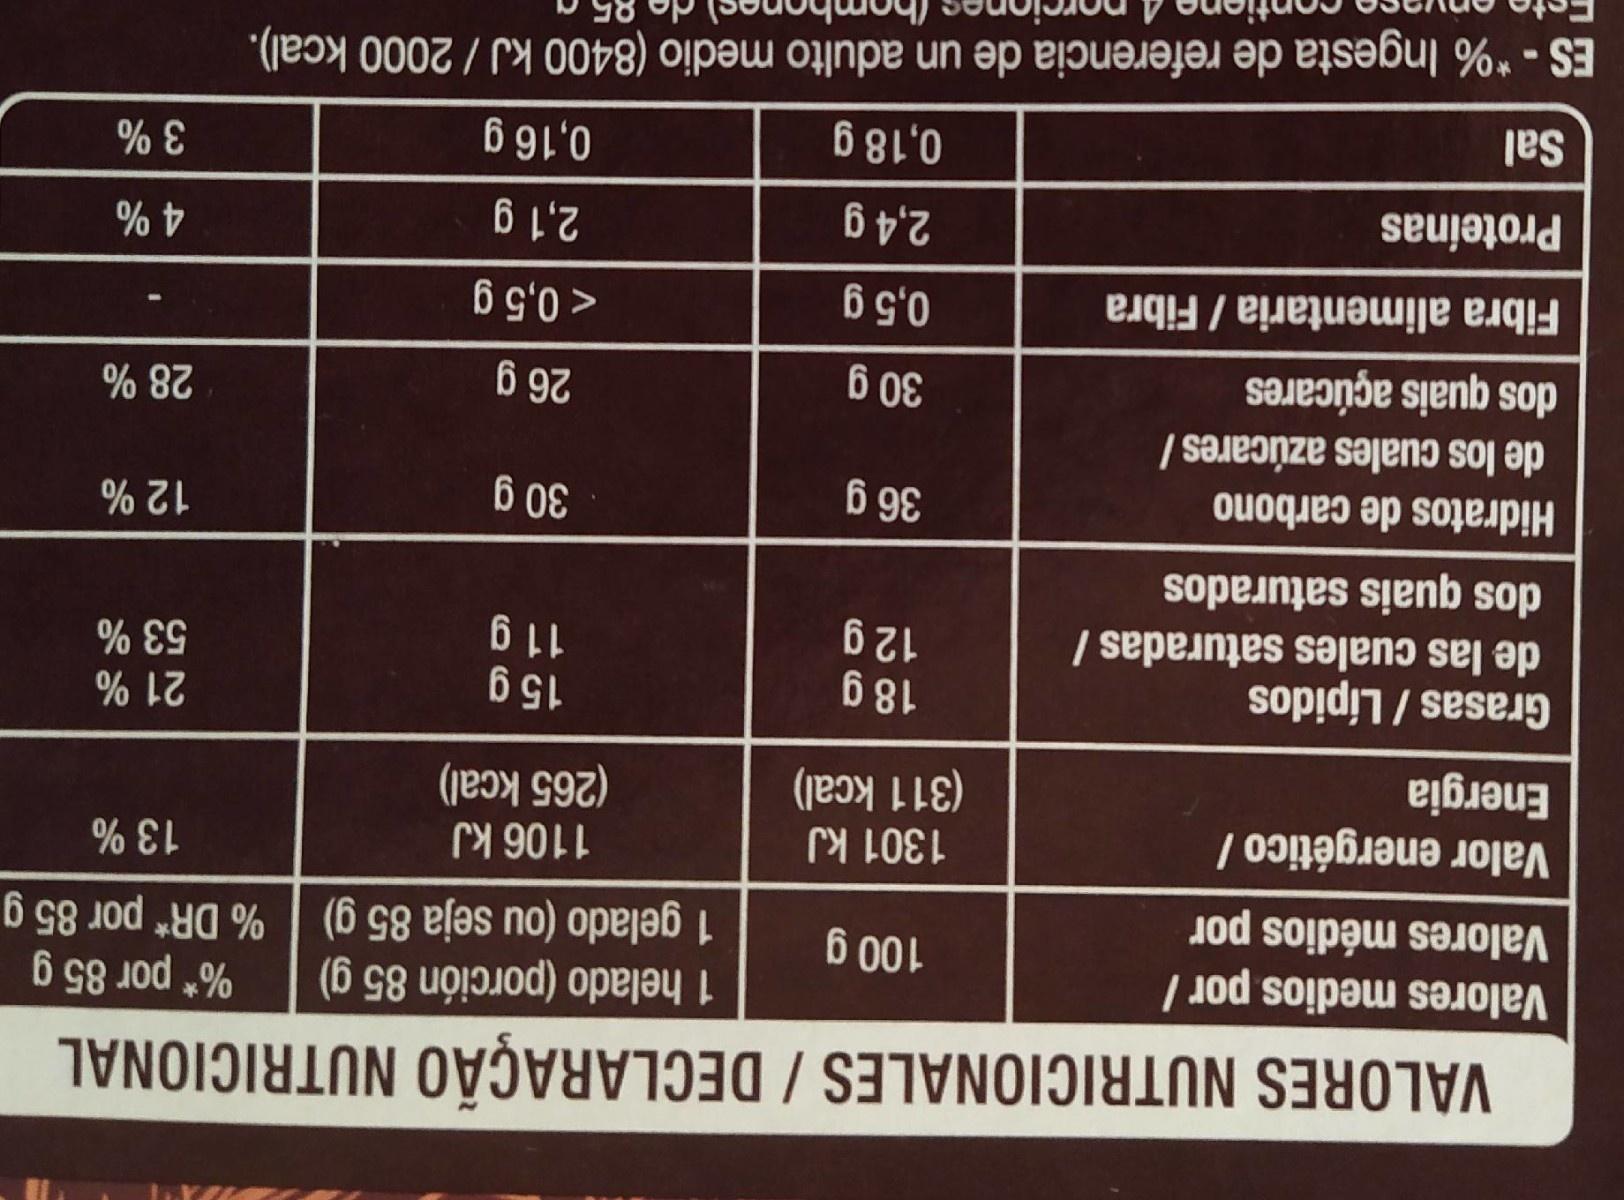
VALORES NUTRICIONALES / DECLARAÇÃO NUTRICIONAL %* por 85 g
Valores medios por / Valores médios por
1 helado (porción 85 g) 1 gelado (ou seja 85 g) | % DR* por 85 g
100 g
13 %
1106 kJ (265 kcal)
1301 kJ
Valor energético / Energia
(311 kcal)
Grasas/Lípidos de las cuales saturadas /
18 g 12 g
15 g 11 g
21 % 53 %
dos quais saturados
30 g
12 %
Hidratos de carbono
de los cuales azúcares /
26 g
6 08 0,5 g
dos quais açúcares
28 %
< 0,5 g
Fibra alimentaria / Fibra
2,4 g
2,1 g
4%
Proteínas
0,18 g
0,16 g
%
Sal
ES - *% Ingesta de referencia de un adulto medio (8400 kJ / 2000 kcal).